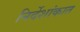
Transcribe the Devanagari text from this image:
निर्देशांकात